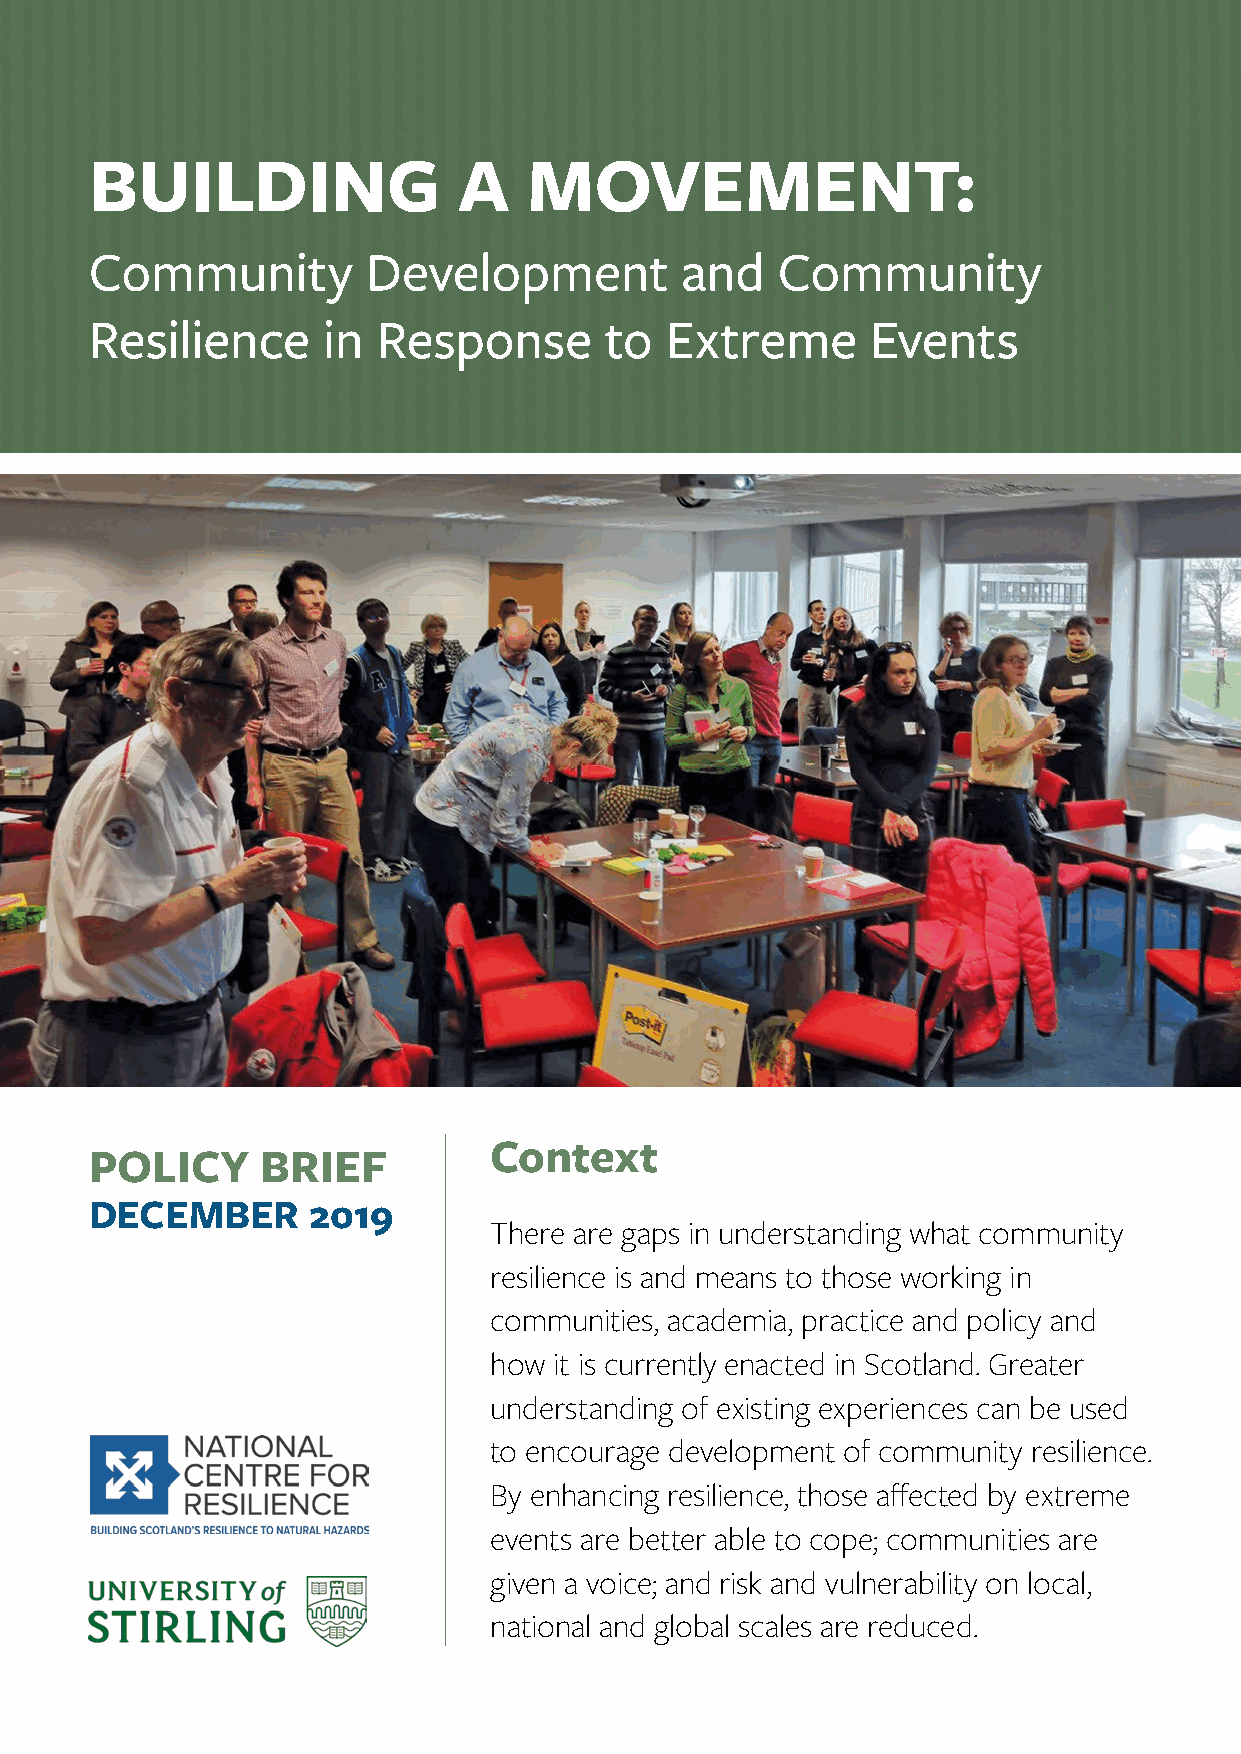
BUILDING                A    MOVEMENT:
 Community         Development          and   Community
 Resilience     in  Response       to  Extreme       Events
 Context
 POLICY     BRIEF
 DECEMBER      2019
 There are gaps in understanding what community
 resilience is and means to those working in
 communities, academia, practice and policy and
 how  it is currently enacted in Scotland. Greater
 understanding of existing experiences can be used
 to encourage development of community resilience.
 By enhancing resilience, those affected by extreme
 events are better able to cope; communities are
 given a voice; and risk and vulnerability on local,
 national and global scales are reduced.